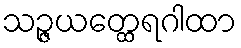
သဉ္ဇယတ္ထေရဂါထာ